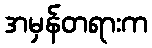
အမှန်တရားက